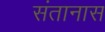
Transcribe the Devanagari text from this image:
संतानास